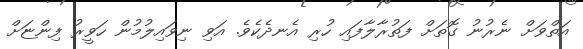
އަތްވަށް ނެރުނު ގޮތަށް ފަތުރާލާފައި ހުރި އެނދެކެވެ. އަވި ނިވައިލުމުން ހަވީރު ފިންޏަށް